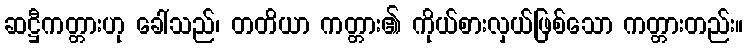
ဆဋ္ဌီကတ္တားဟု ခေါ်သည်၊ တတိယာ ကတ္တား၏ ကိုယ်စားလှယ်ဖြစ်သော ကတ္တားတည်း။